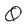
Character: Q